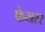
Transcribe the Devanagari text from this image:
फेयरर